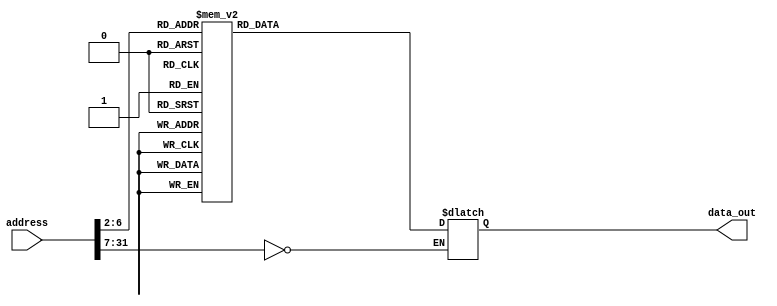
//-----------------------------------------------------------------------------
// Title         : Read-Only Memory (Instruction ROM)
// Project       : ECE 313 - Computer Organization
//-----------------------------------------------------------------------------
// Organization  : Lafayette College
// 
//-----------------------------------------------------------------------------
// Description :
//   Behavioral model of a read-only memory used in the implementations of the MIPS
//   processor subset described in Ch. 5-6 of "Computer Organization and Design, 3rd ed."
//   by David Patterson & John Hennessey, Morgan Kaufmann, 2004 (COD3e).  
//
//   Note the use of the Verilog concatenation operator to specify different
//   instruction fields in each memory element.
//
//-----------------------------------------------------------------------------

module rom32_4(address, data_out);
  parameter coreID=0;

  input  [31:0] address;
  output [31:0] data_out;
  reg    [31:0] data_out;

  parameter BASE_ADDRESS = 25'd0; // address that applies to this memory

  wire [4:0] mem_offset;
  wire address_select;

  assign mem_offset = address[6:2];  // drop 2 LSBs to get word offset

  assign address_select = (address[31:7] == BASE_ADDRESS);  // address decoding

  always @(address_select or mem_offset)
  begin
    if ((address % 4) != 0) $display($time, "Core %d: rom32 error: unaligned address %d", coreID, address);
    if (address_select == 1)
    begin
      (* full_case *) case (mem_offset) 
          5'd0 : data_out = { 6'd35, 5'd0, 5'd1, 16'd0 };              // lw $1, 0($0)   r1=1
          // ??? ???? ?? NOPs
          5'd1 : data_out = { 6'd0,  5'd0, 5'd0, 5'd30, 5'd0, 6'd32 }; // r30 = 0 : NOP
          5'd2 : data_out = { 6'd0,  5'd0, 5'd0, 5'd30, 5'd0, 6'd32 }; // r30 = 0 : NOP
          5'd3 : data_out = { 6'd0,  5'd0, 5'd0, 5'd30, 5'd0, 6'd32 }; // r30 = 0 : NOP
          5'd4 : data_out = { 6'd0,  5'd0, 5'd0, 5'd30, 5'd0, 6'd32 }; // r30 = 0 : NOP
          5'd5 : data_out = { 6'd0,  5'd0, 5'd0, 5'd30, 5'd0, 6'd32 }; // r30 = 0 : NOP
          5'd6 : data_out = { 6'd0,  5'd0, 5'd0, 5'd30, 5'd0, 6'd32 }; // r30 = 0 : NOP
          5'd7 : data_out = { 6'd0,  5'd0, 5'd0, 5'd30, 5'd0, 6'd32 }; // r30 = 0 : NOP
          5'd8 : data_out = { 6'd0,  5'd0, 5'd0, 5'd30, 5'd0, 6'd32 }; // r30 = 0 : NOP
          5'd9 : data_out = { 6'd0,  5'd0, 5'd0, 5'd30, 5'd0, 6'd32 }; // r30 = 0 : NOP
          5'd10: data_out = { 6'd35, 5'd0, 5'd2, 16'd128 };            // r2 <- SharedMEM[0] = 50
          5'd11: data_out = { 6'd35, 5'd0, 5'd3, 16'd136 };            // r3 <- SharedMEM[2] = 75
          5'd12: data_out = { 6'd0,  5'd2, 5'd2, 5'd4, 5'd0, 6'd32 };  // add $4, $2, $2  r4 = r2 + r2
          5'd13: data_out = { 6'd0,  5'd4, 5'd1, 5'd2, 5'd0, 6'd34 };  // add $2, $2, #1  r2 = r4 - r1
          
          // 26 + 27 + ... + 50
          5'd14: data_out = { 6'd0,  5'd0, 5'd0, 5'd5, 5'd0, 6'd32 };  // add $5, $0, $0  r5 = 0
          5'd15: data_out = { 6'd0,  5'd3, 5'd1, 5'd3, 5'd0, 6'd32 };  // add $3, $3, #1  r3 = r3 + r1
          5'd16: data_out = { 6'd0,  5'd3, 5'd5, 5'd5, 5'd0, 6'd32 };  // add $5, $5, $3  r5 = r5 + r3
          5'd17: data_out = { 6'd0,  5'd2, 5'd3, 5'd6, 5'd0, 6'd42 };  // slt $6, $2, $3  if r2 < r3 ?
          5'd18: data_out = { 6'd4,  5'd6, 5'd0, -16'd4 };             // beq $6, $0, -4  if not, go back 3 
          5'd19: data_out = { 6'd0,  5'd0, 5'd0, 5'd30, 5'd0, 6'd32 }; // r30 = 0 : NOP
          //
          5'd20: data_out = { 6'd0,  5'd0, 5'd0, 5'd30, 5'd0, 6'd32 }; // r30 = 0 : NOP
          5'd21: data_out = { 6'd0,  5'd0, 5'd0, 5'd30, 5'd0, 6'd32 }; // r30 = 0 : NOP
          5'd22: data_out = { 6'd43, 5'd0, 5'd5, 16'd152 };            // ?? ??
          5'd23: data_out = { 6'd0,  5'd0, 5'd0, 5'd30, 5'd0, 6'd32 }; // r30 = 0 : NOP
          5'd24: data_out = { 6'd63, 5'd0, 5'd0, 5'd30, 5'd0, 6'd32 }; // HALT
          5'd25: data_out = { 6'd0,  5'd0, 5'd0, 5'd30, 5'd0, 6'd32 }; // r30 = 0 : NOP
          5'd26: data_out = { 6'd0,  5'd0, 5'd0, 5'd30, 5'd0, 6'd32 }; // r30 = 0 : NOP
          5'd27: data_out = { 6'd0,  5'd0, 5'd0, 5'd30, 5'd0, 6'd32 }; // r30 = 0 : NOP
          5'd28: data_out = { 6'd0,  5'd0, 5'd0, 5'd30, 5'd0, 6'd32 }; // r30 = 0 : NOP
          5'd29: data_out = { 6'd0,  5'd0, 5'd0, 5'd30, 5'd0, 6'd32 }; // r30 = 0 : NOP
          5'd30: data_out = { 6'd0,  5'd0, 5'd0, 5'd30, 5'd0, 6'd32 }; // r30 = 0 : NOP
          // add more cases here as desired
          default data_out = 32'hffff;
      endcase
      $display($time, "Core %d: reading data: rom32[%h(%d)] => %h (%d)", coreID, address, address, data_out, data_out);
    end
  end 
endmodule